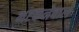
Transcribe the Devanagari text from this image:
भटकनेवाले